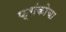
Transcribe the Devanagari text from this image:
फ्रांकोचा